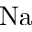
\mathrm { N a }